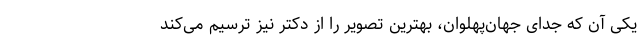
یکی آن که جدای جهان‌پهلوان، بهترین تصویر را از دکتر نیز ترسیم می‌کند